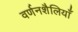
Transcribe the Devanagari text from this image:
वर्णनशैलियाँ